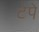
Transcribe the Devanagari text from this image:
टेपे